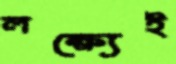
লক্ষ্যেই